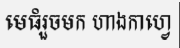
មេធំរួចមក ហាងកាហ្វេ